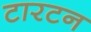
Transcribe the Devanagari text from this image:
टारटन